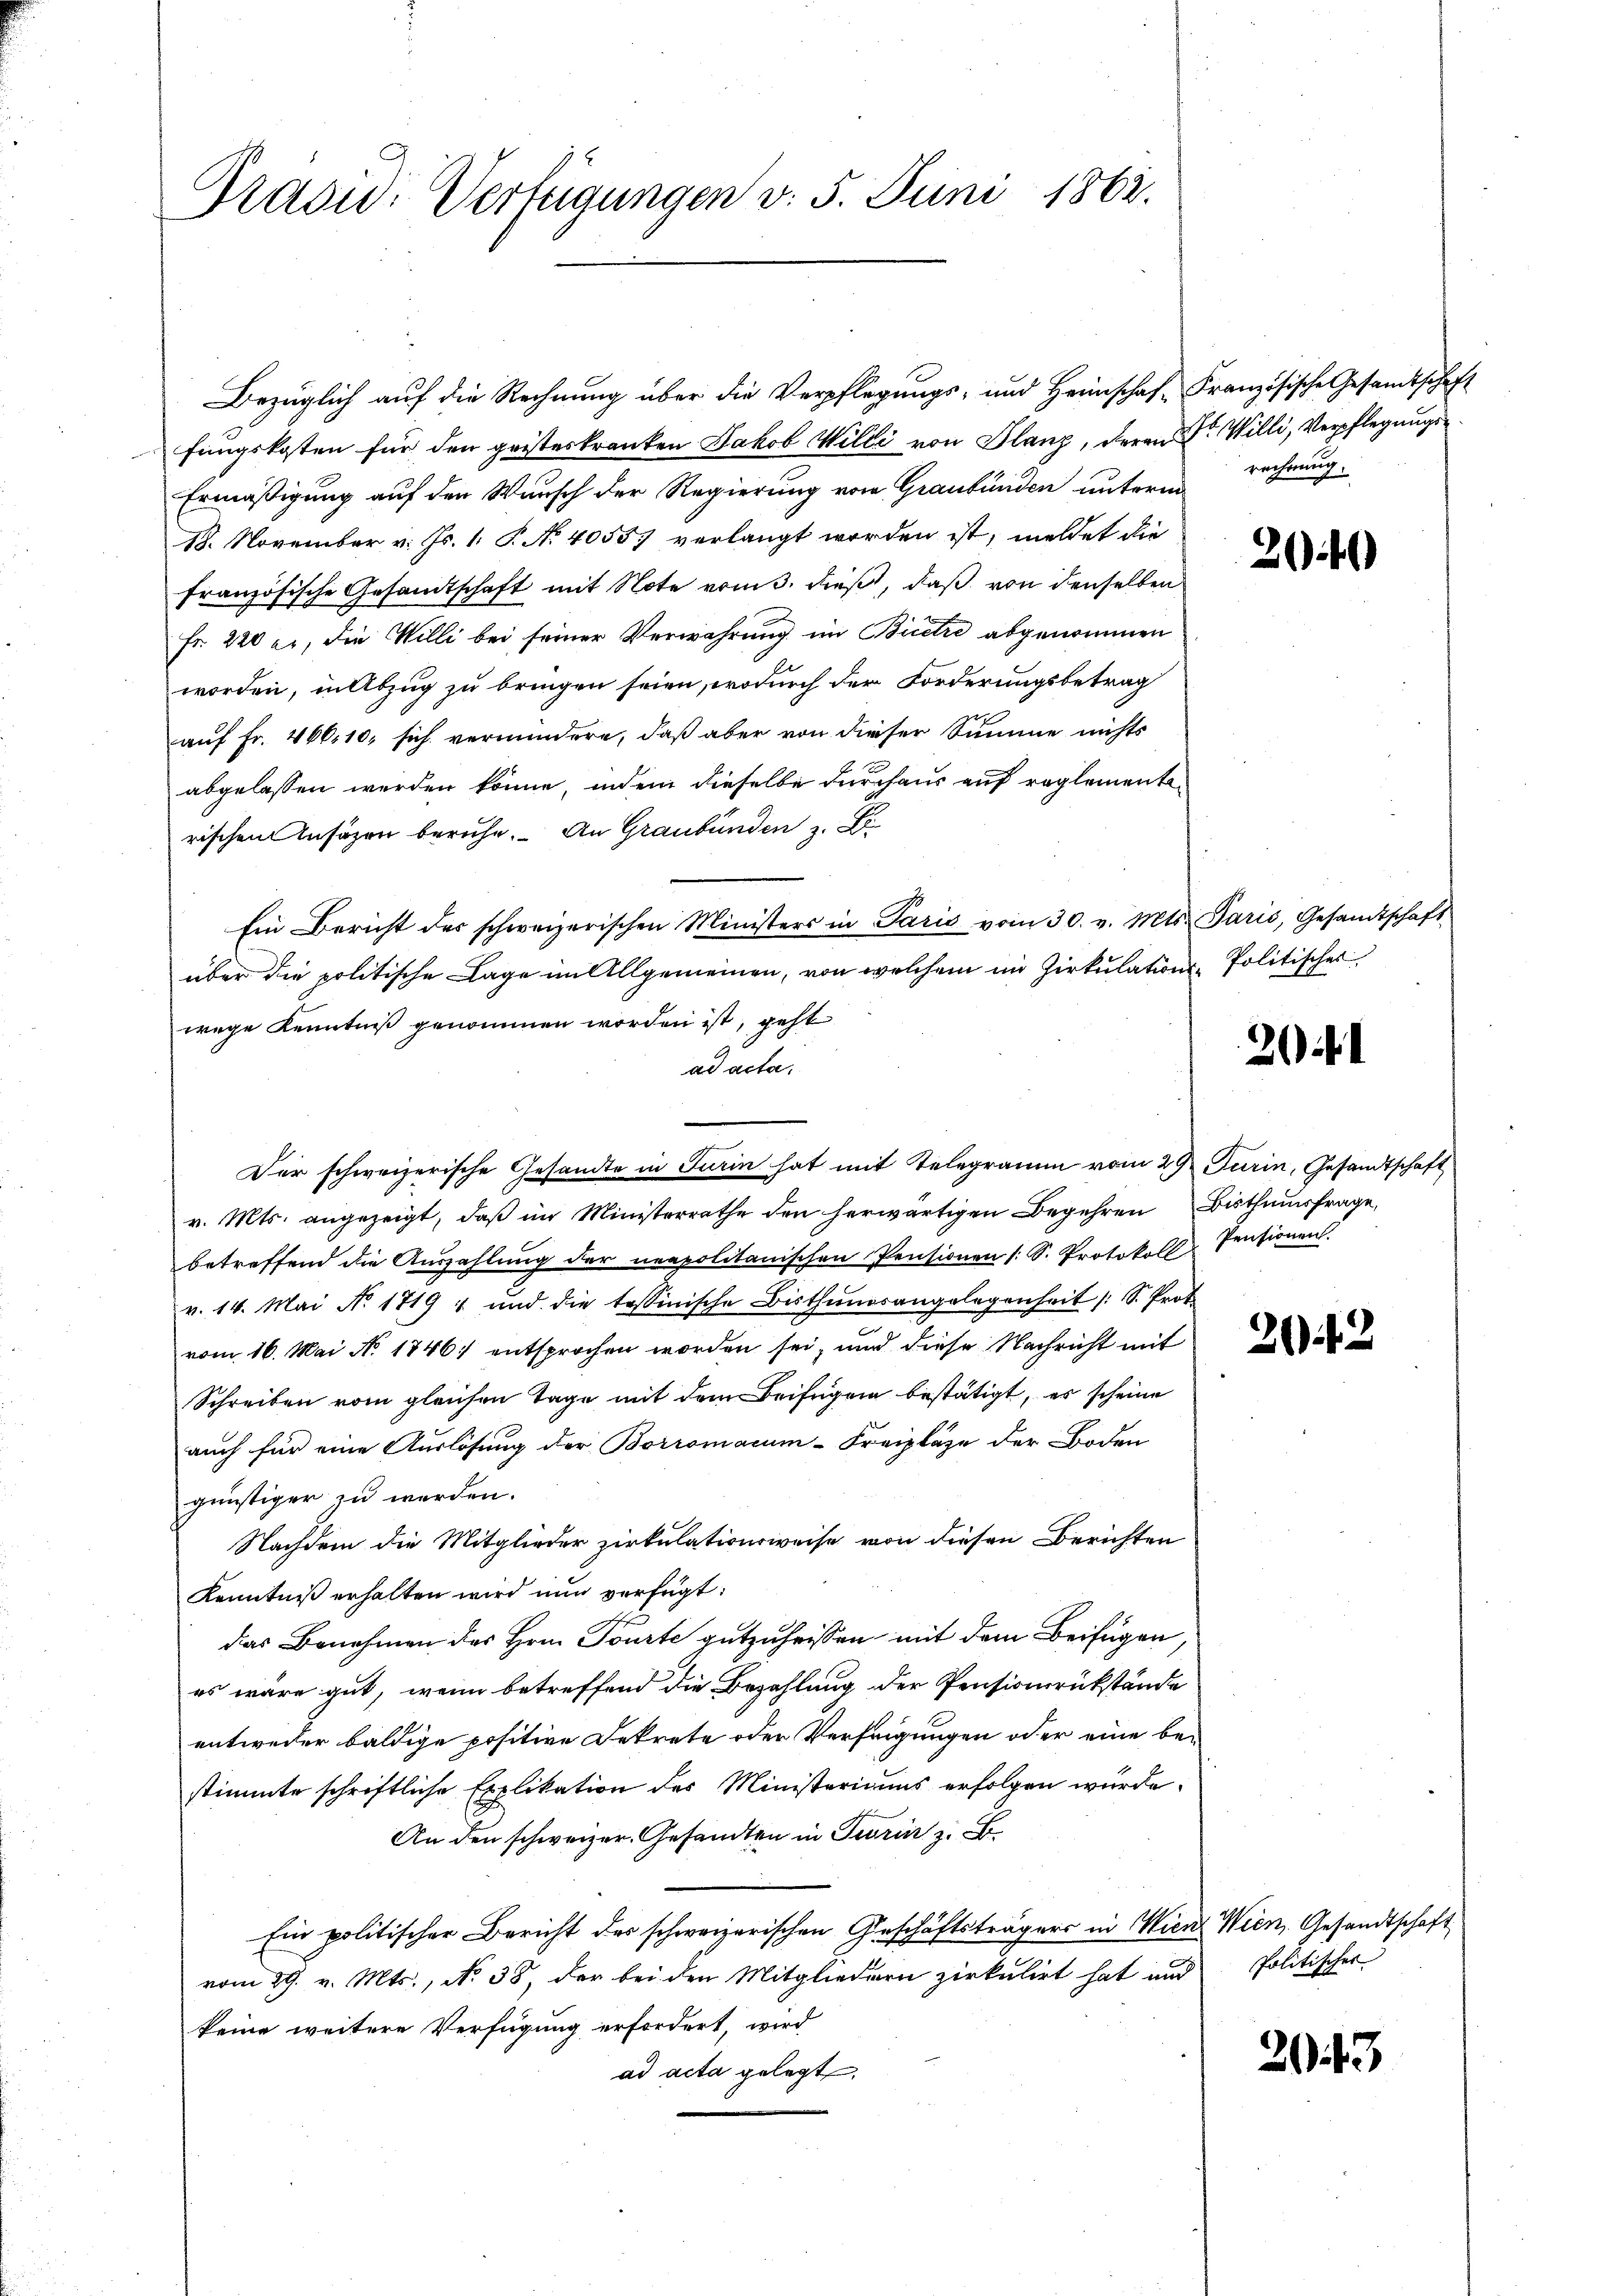
Präsid. Verfügungen v. 5. Juni 1862.

Bezüglich auf die Rechnung über die Verpflegungs- und Heimschaf-Französische Gesandtschaft
fungskosten für den geisteskranken Jakob Willi von Glanz, deren Dr. Willi, Verpflegungs¬
Ermäßigung auf den Wunsch der Regierung vom Graubünden unterm
18. November v. Js. 1. P. No 4055) verlangt worden ist, meldet die
französische Gesamtschaft mit Note vom 3. dieß, daß von denselben
Fr. 220 er, die Willi bei seiner Verwahrung im Biere abgenommen
worden, in Abzug zu bringen seien, wodurch der Forderungsbetrag
auf Fr. 460, 10, sich vermindern, daß aber von dieser Summe nichts
abgelassen werden könne, indem dieselbe durchaus auf reglementerischen Ansäzen beruhe. An Graubünden z. B
Ein Bericht des schweizerischen Ministers in Paris vom 30. v. Mts. Paris, Gesandtschaft
über die politische Lage im Allgemeinen, von welchem im Zirkulations-Politisches
wege Kenntniß genommen worden ist, geht
ad acta.
v. Mts. angezeigt, daß im Ministerrathe den herwärtigen Begehren Bisthumsfrage,
betreffend die Auszahlŭng der neapolitanischen Pensionen (: S. Protokoll Pensionen.
v. 14. Mai No 1719 " und die tessinische Bisthŭngsangelegenheit /: S. Prot
vom 16. Mai No 1846; entsprochen worden sei, und diese Nachricht mit
Schreiben vom gleichen Tage mit dem Beifügen bestätigt, es scheine
auch für eine Auslösung der Borromacum-Freipläge der Boden
günstiger zu werden.
Nachdem die Mitglieder Zirkulationsweise von diesen Berichten
Kenntniß erhalten wird nun verfügt:
das Benehmen des Hrn. Toute gutzuheissen mit dem Beifügen,
es wäre gut, wenn betreffend die Bezahlung der Pensionsrükstände
entweder baldige positive Dekrete oder Verfeigungen oder eine bestimmte schriftliche Explikation des Ministeriums erfolgen würde.
An den schweizer Gesandten in Turin z. B.
Ein politischer Bericht des schweizerischen Geschäftsträgers in Wien Wien, Gesandtschaft
vom 29. v. Mts., No. 38, der bei den Mitgliedern zirkulirt hat und
keine weitere Verfügung erfordert, wird
ad acta gelegt.

Der schweizerische Gesandte in Turin hat mit Telegramm vom 22 Turin, Gesandtschaft

rechnung.

24)

3

2043

Politischer

203